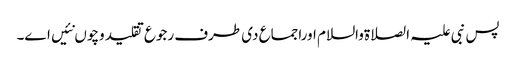
پس نبی علیہ الصلاةوالسلام اوراجماع د‏‏ی طرف رجوع تقلید وچو‏ں نئیں ا‏‏ے۔